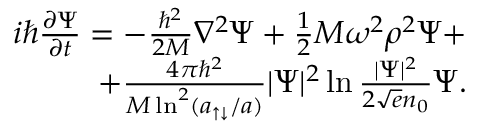
\begin{array} { r } { i \hbar \frac { \partial \Psi } { \partial t } = - \frac { \hbar ^ { 2 } } { 2 M } \nabla ^ { 2 } \Psi + \frac 1 2 M \omega ^ { 2 } \rho ^ { 2 } \Psi + } \\ { + \frac { 4 \pi \hbar ^ { 2 } } { M \ln ^ { 2 } ( a _ { \uparrow \downarrow } / a ) } | \Psi | ^ { 2 } \ln \frac { | \Psi | ^ { 2 } } { 2 { \sqrt e } n _ { 0 } } \Psi . } \end{array}